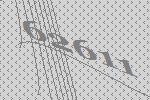
62611